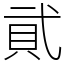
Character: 貮